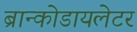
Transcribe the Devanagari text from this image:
ब्रान्कोडायलेटर